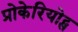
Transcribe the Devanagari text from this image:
प्रोकेरियोट्स